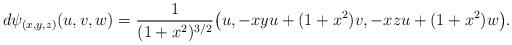
LaTeX: \begin{align*}d\psi_{(x,y,z)}(u,v,w) &=\frac{1}{(1+x^2)^{3/2}}\bigl(u,-xyu+(1+x^2)v,-xzu+(1+x^2)w\bigr).\end{align*}